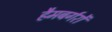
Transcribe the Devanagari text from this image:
हैमबर्गरों